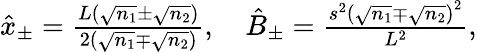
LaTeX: \begin{array}{r}{\hat{x}_{\pm}=\frac{L\left(\sqrt{n_{1}}\pm\sqrt{n_{2}}\right)}{2\left(\sqrt{n_{1}}\mp\sqrt{n_{2}}\right)},\quad\hat{B}_{\pm}=\frac{s^{2}\left(\sqrt{n_{1}}\mp\sqrt{n_{2}}\right)^{2}}{L^{2}},}\end{array}